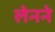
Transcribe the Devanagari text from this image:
लेनने